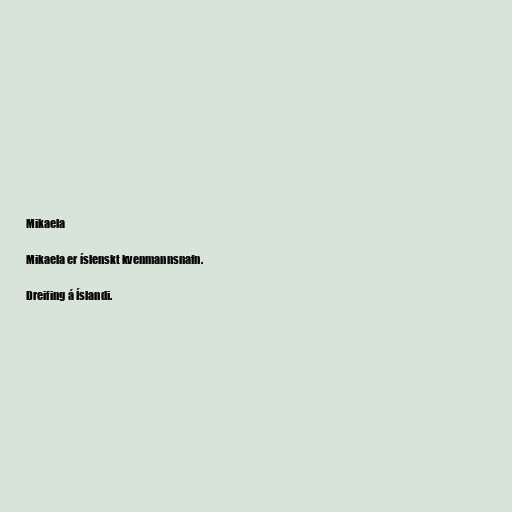
Mikaela

Mikaela er íslenskt kvenmannsnafn.

Dreifing á Íslandi.